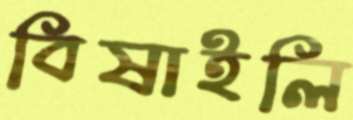
বিষাইলি